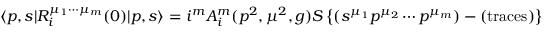
\langle p , s | R _ { i } ^ { \mu _ { 1 } \cdots \mu _ { m } } ( 0 ) | p , s \rangle = i ^ { m } A _ { i } ^ { m } ( p ^ { 2 } , \mu ^ { 2 } , g ) S \left\{ ( s ^ { \mu _ { 1 } } p ^ { \mu _ { 2 } } \cdots p ^ { \mu _ { m } } ) - ( \mathrm { t r a c e s } ) \right\} ,